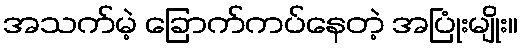
အသက်မဲ့ ခြောက်ကပ်နေတဲ့ အပြုံးမျိုး။